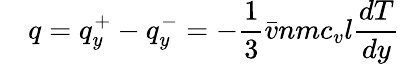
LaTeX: \quad q=q_{y}^{+}-q_{y}^{-}=-{\frac{1}{3}}{\bar{v}}nmc_{v}l{\frac{dT}{dy}}